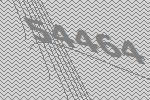
54464